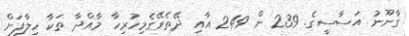
ގާނޫނު އަސާސީގެ. 239 ން 249 އާއި ދޭތެރޭގެމިހުރިހާ މާއްދާ ތަކާ ހިލާފަށް